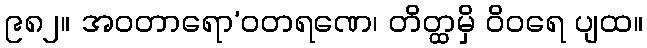
၉၈၂။ အဝတာရော’ဝတရဏေ၊ တိတ္ထမှိ ဝိဝရေ ပျထ။